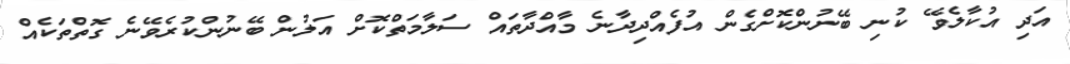
އަދި އުކާލެވޭ ކުނި ބޭނުންކޮށްގެން އުފެއްދިދާނެ މާއްދާތައް ސަލާމަތްކޮށް އަލުން ބޭނުންކުރެވޭނެ ގޮތްތަކެއް